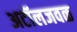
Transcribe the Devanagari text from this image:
अटॉलजवळ